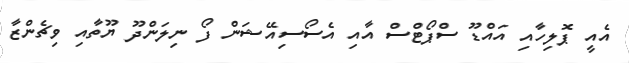
އެއީ ޕޮލިހާއި އައްޑޫ ސްޕޯޓްސް އާއި އެސޯސިއޭޝަން ފޯ ނިލަންދޫ ޔޫތާއި ވިޗެންޒާ